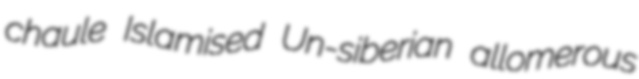
chaule Islamised Un-siberian allomerous